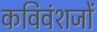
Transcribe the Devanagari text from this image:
कविवंशजों